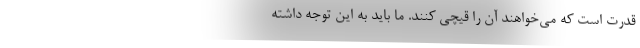
قدرت است که می‌خواهند آن را قیچی کنند. ما باید به این توجه داشته